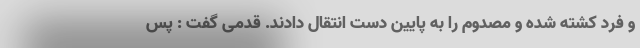
و فرد کشته شده و مصدوم را به پایین دست انتقال دادند. قدمی گفت : پس